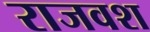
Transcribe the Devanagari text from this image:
राजवश